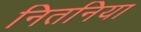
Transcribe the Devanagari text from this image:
नितनिया